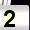
Digit: 2